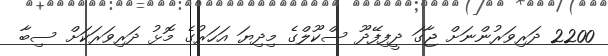
2200 ދަރިވަރުންނަށް ޖާގަ ދީފިފޭދޫ ސްކޫލްގެ މިދިޔަ އަހަރުގެ މޮޅު ދަރިވަރަކަށް ސިބާ